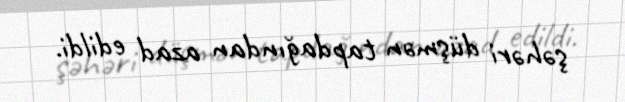
şəhəri düşmən tapdağından azad edildi.